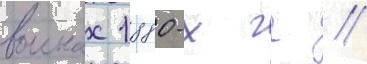
воинах 1880-х гг //